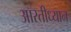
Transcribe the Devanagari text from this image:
आरतीध्यान